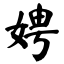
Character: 娉